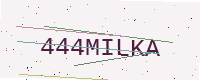
Text: 444MILKA